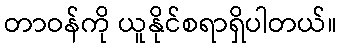
တာဝန်ကို ယူနိုင်စရာရှိပါတယ်။